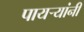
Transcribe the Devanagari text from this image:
पायर्‍यांनी